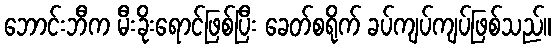
ဘောင်းဘီက မီးခိုးရောင်ဖြစ်ပြီး ခေတ်စရိုက် ခပ်ကျပ်ကျပ်ဖြစ်သည်။